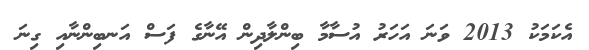
އެކަމަކު 2013 ވަނަ އަހަރު އުސާމާ ބިންލާދިން އޭނާގެ ފަސް އަނބިންނާއި ގިނަ